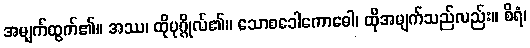
အမျက်ထွက်၏။ အဿ၊ ထိုပုဂ္ဂိုလ်၏။ သောစခေါကောဓေါ၊ ထိုအမျက်သည်လည်း။ စိရံ၊